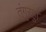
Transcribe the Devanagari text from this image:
तुंगुरहुा